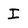
Character: I